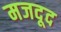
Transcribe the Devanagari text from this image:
मजदूद